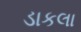
ડાકલા